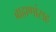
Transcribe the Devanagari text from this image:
ब्राह्मणांसह